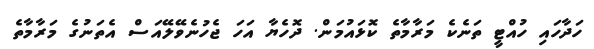
ހަދާހައި ހުއްޓީ ތަނެކެ މަރާމާތެ ކޮޅައުމަން. ދޮހެޔާ އަހަ ޖެހުނެވޭލޭއަސް އެތަނުގެ މަރާމާތެ